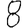
Digit: 8